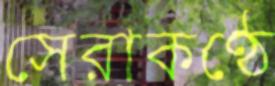
সেরাকণ্ঠে